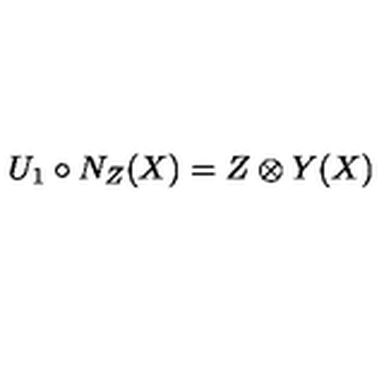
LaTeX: U _ { 1 } \circ N _ { Z } ( X ) = Z \otimes Y ( X )